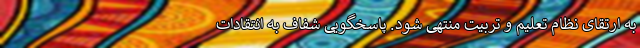
به ارتقای نظام تعلیم و تربیت منتهی شود. پاسخگویی شفاف به انتقادات